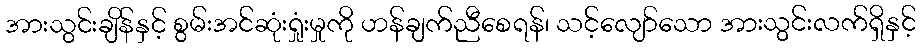
အားသွင်းချိန်နှင့် စွမ်းအင်ဆုံးရှုံးမှုကို ဟန်ချက်ညီစေရန်၊ သင့်လျော်သော အားသွင်းလက်ရှိနှင့်